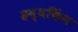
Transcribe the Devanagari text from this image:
हम्बकिंग